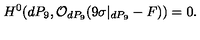
H ^ { 0 } ( d P _ { 9 } , { \cal O } _ { d P _ { 9 } } ( 9 \sigma | _ { d P _ { 9 } } - F ) ) = 0 .